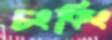
চংকিং